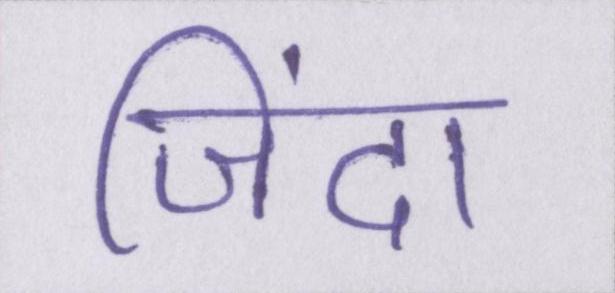
जिंदा